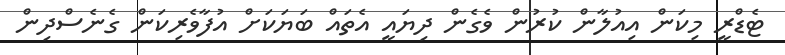
ޓެޑްރީ މިކަން އިއުލާން ކުރުން ވެގެން ދިޔައީ އެތައް ބަޔަކަށް އުފާވެރިކަން ގެނެސްދިން